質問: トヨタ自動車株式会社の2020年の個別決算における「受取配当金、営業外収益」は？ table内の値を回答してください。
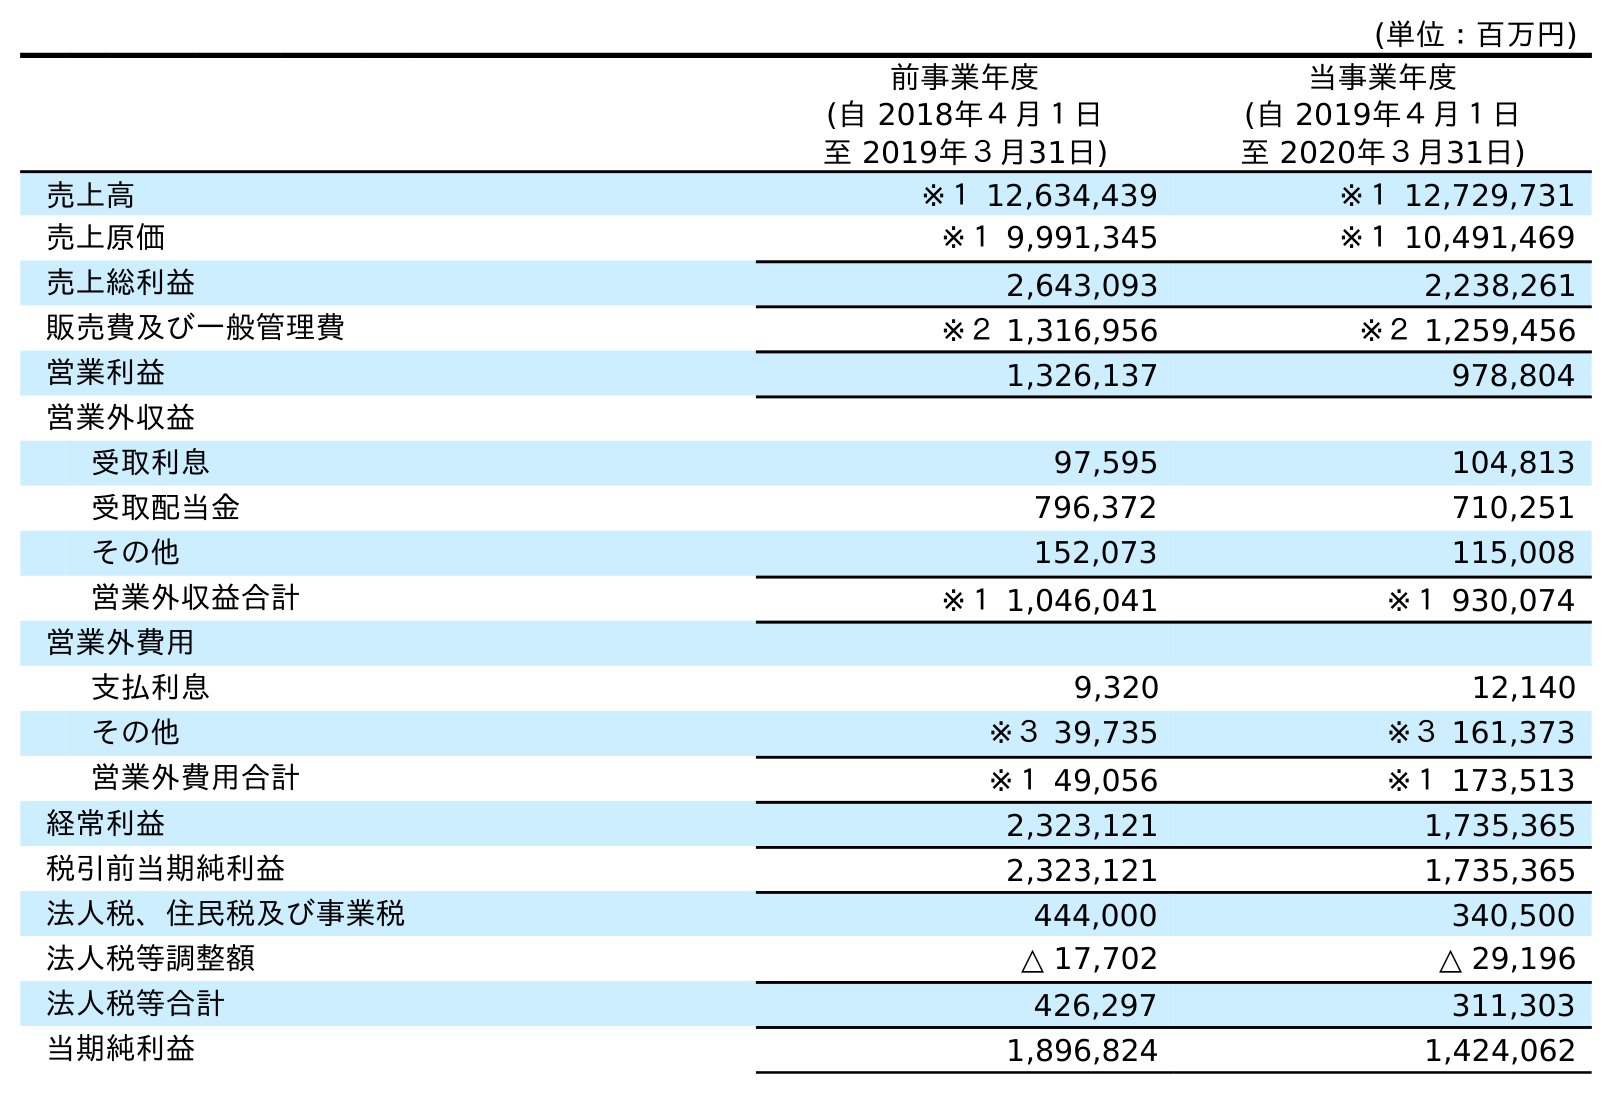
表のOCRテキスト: (単位：百万円) 前事業年度 (自 2018年４月１日 至 2019年３月31日) 当事業年度 (自 2019年４月１日 至 2020年３月31日) 売上高 ※１ 12,634,439 ※１ 12,729,731 売上原価 ※１ 9,991,345 ※１ 10,491,469 売上総利益 2,643,093 2,238,261 販売費及び一般管理費 ※２ 1,316,956 ※２ 1,259,456 営業利益 1,326,137 978,804 営業外収益 受取利息 97,595 104,813 受取配当金 796,372 710,251 その他 152,073 115,008 営業外収益合計 ※１ 1,046,041 ※１ 930,074 営業外費用 支払利息 9,320 12,140 その他 ※３ 39,735 ※３ 161,373 営業外費用合計 ※１ 49,056 ※１ 173,513 経常利益 2,323,121 1,735,365 税引前当期純利益 2,323,121 1,735,365 法人税、住民税及び事業税 444,000 340,500 法人税等調整額 △ 17,702 △ 29,196 法人税等合計 426,297 311,303 当期純利益 1,896,824 1,424,062
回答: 710,251